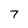
Character: 7